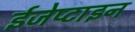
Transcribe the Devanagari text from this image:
ईजेप्टाइन